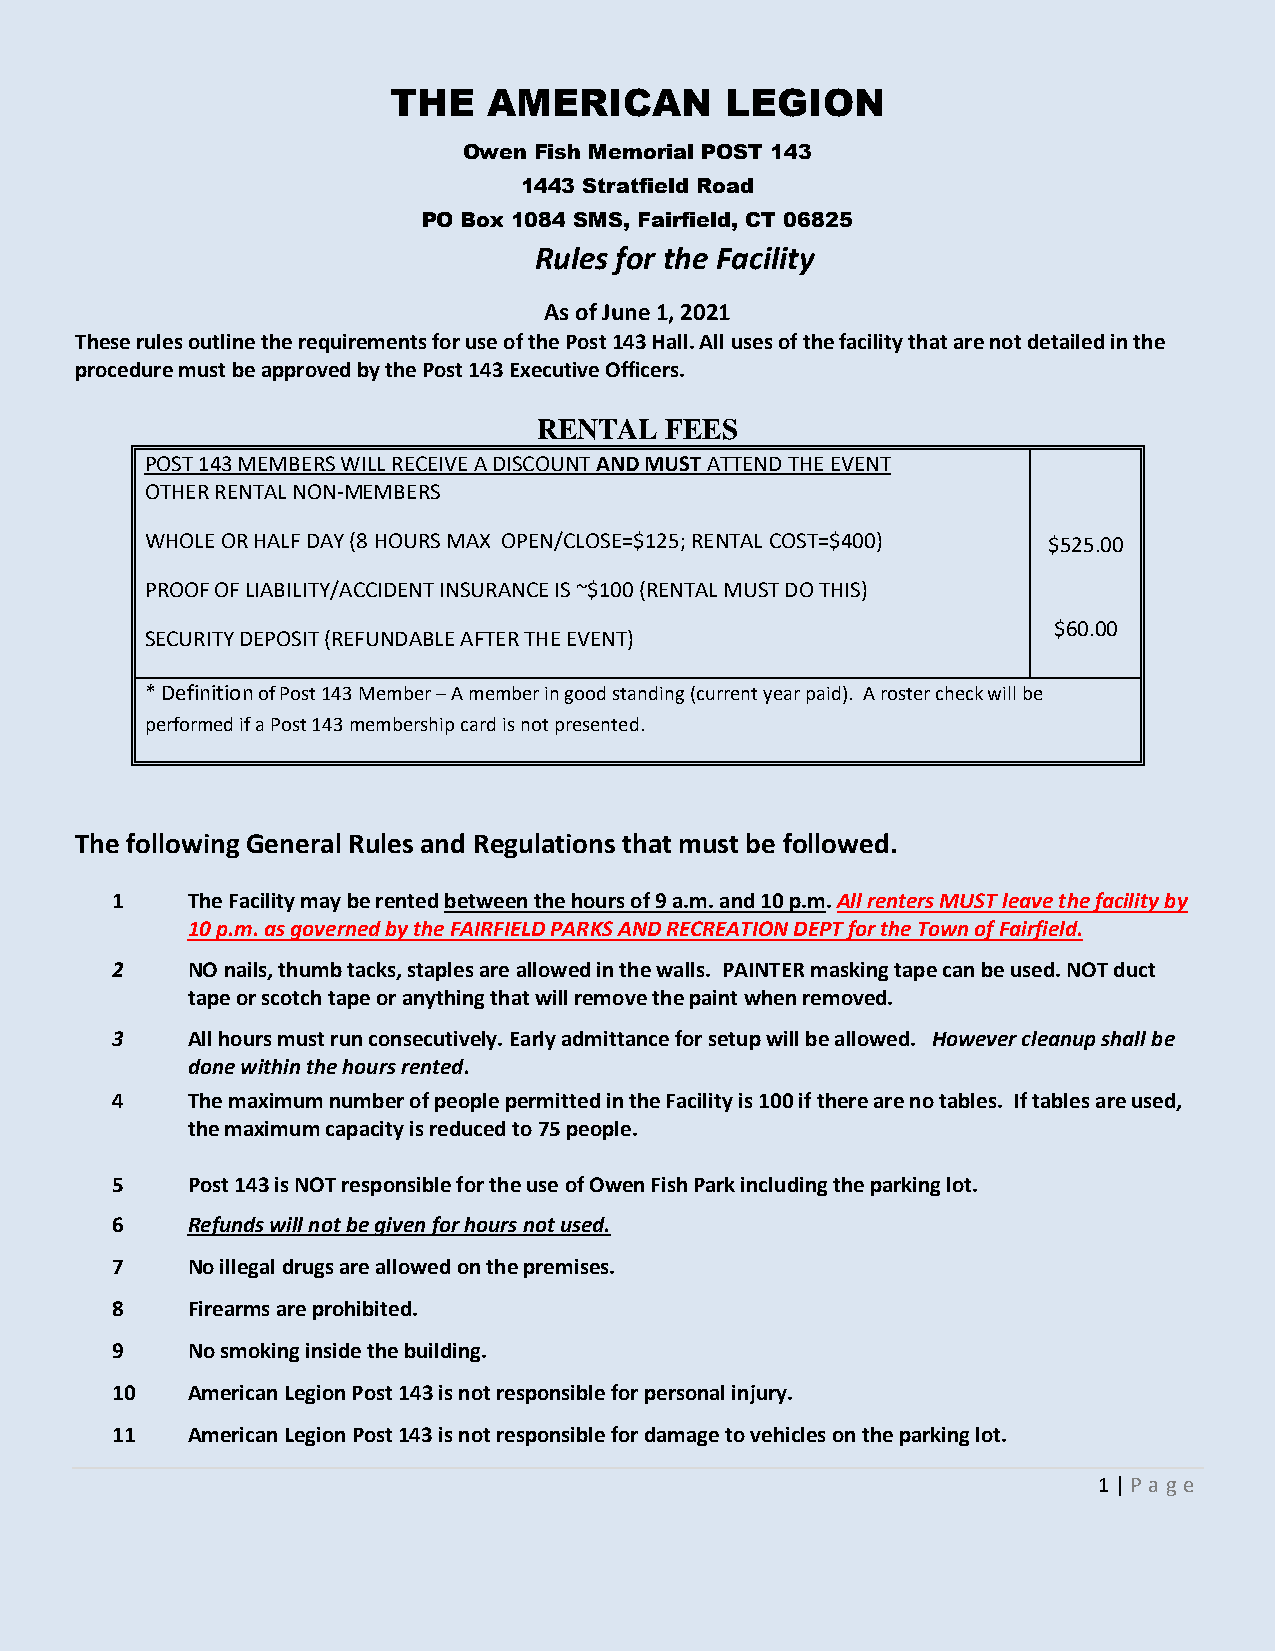
THE   AMERICAN        LEGION
 Owen Fish Memorial POST 143
 1443 Stratfield Road
 PO Box 1084 SMS, Fairfield, CT 06825
 Rules for the Facility
 As of June 1, 2021
 These rules outline the requirements for use of the Post 143 Hall. All uses of the facility that are not detailed in the
 procedure must be approved by the Post 143 Executive Officers.
 RENTAL  FEES
 POST 143 MEMBERS WILL RECEIVE A DISCOUNT AND MUST ATTEND THE EVENT
 OTHER RENTAL NON-MEMBERS
 WHOLE OR HALF DAY (8 HOURS MAX OPEN/CLOSE=$125; RENTAL COST=$400) $525.00
 PROOF OF LIABILITY/ACCIDENT INSURANCE IS ~$100 (RENTAL MUST DO THIS)
 $60.00
 SECURITY DEPOSIT (REFUNDABLE AFTER THE EVENT)
 * Definition of Post 143 Member – A member in good standing (current year paid). A roster check will be
 performed if a Post 143 membership card is not presented.
 The following General Rules and Regulations that must be followed.
 1    The Facility may be rented between the hours of 9 a.m. and 10 p.m. All renters MUST leave the facility by
 10 p.m. as governed by the FAIRFIELD PARKS AND RECREATION DEPT for the Town of Fairfield.
 2    NO nails, thumb tacks, staples are allowed in the walls. PAINTER masking tape can be used. NOT duct
 tape or scotch tape or anything that will remove the paint when removed.
 3    All hours must run consecutively. Early admittance for setup will be allowed. However cleanup shall be
 done within the hours rented.
 4    The maximum number of people permitted in the Facility is 100 if there are no tables. If tables are used,
 the maximum capacity is reduced to 75 people.
 5    Post 143 is NOT responsible for the use of Owen Fish Park including the parking lot.
 6    Refunds will not be given for hours not used.
 7    No illegal drugs are allowed on the premises.
 8    Firearms are prohibited.
 9    No smoking inside the building.
 10   American Legion Post 143 is not responsible for personal injury.
 11   American Legion Post 143 is not responsible for damage to vehicles on the parking lot.
 1 | P age